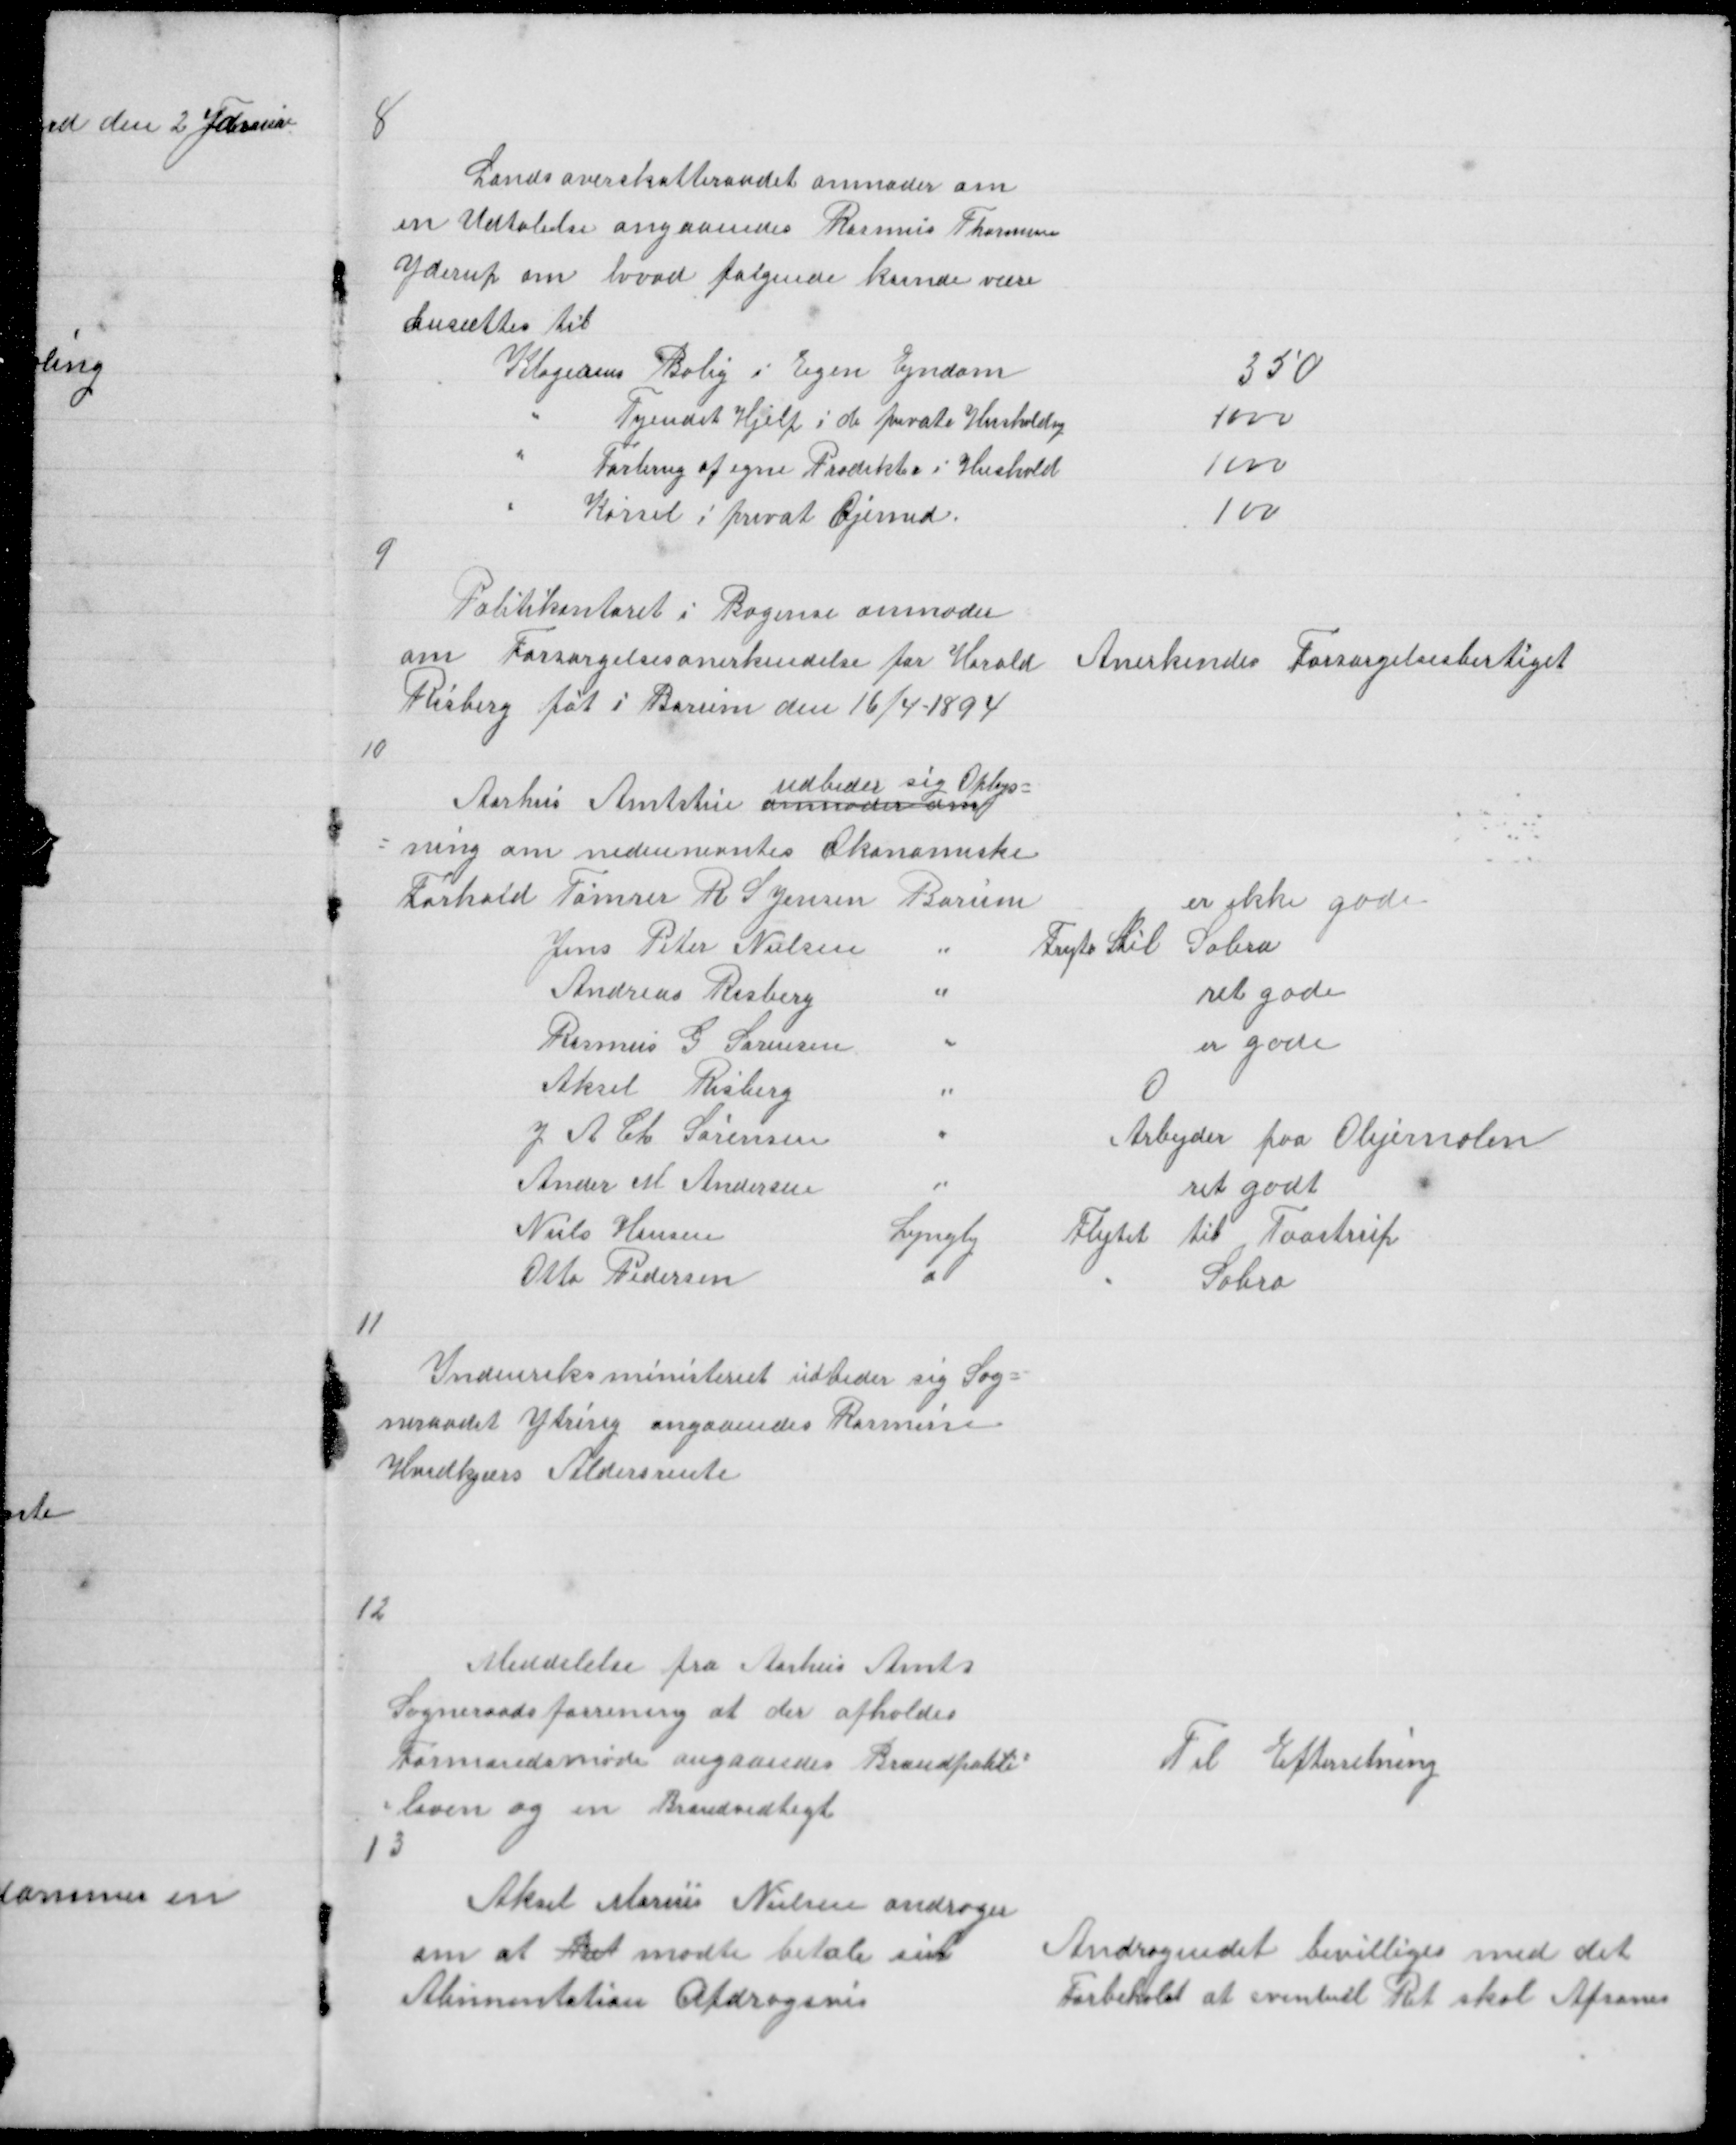
Transskription:
8

Landsoverskatteraadet anmoder om
en Udtalelse angaaendes Rasmus Thomsens
Yderup om hvad følgende kunde være
ansættes til

9

Politikontoret i Bogense anmoder
om Forsørgelsesanerkendelse for Harold
Risberg føt i Borum den 16/4 - 1894

Anerkendes Forsørgelsesberetiget

10

11

Indenriksministeriet udbeder sig Sog =
neraadet Ytring angaaendes Rasmine
Hvidkjærs Aldersrente

12

Meddelelse fra Aarhus Amts
Sogneraadsforening at der afholdes
Formandsmøde angaaendes Brandpoliti =
= loven og en Brandvedtegt
13

Til Efterretning

Aksel Marius Nielsen andrager
om at Ret  modte betale sin
Alimentation Afdragsvis

Andragendet bevilligedes med det
Forbehold at eventuel Ret skal Afsones